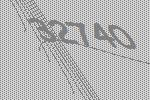
32740